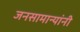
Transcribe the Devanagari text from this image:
जनसामान्यांनी